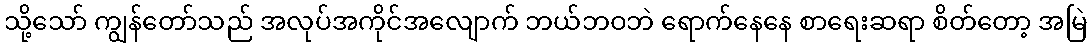
သို့သော် ကျွန်တော်သည် အလုပ်အကိုင်အလျောက် ဘယ်ဘဝဘဲ ရောက်နေနေ စာရေးဆရာ စိတ်တော့ အမြဲ